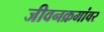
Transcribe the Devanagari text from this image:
जीवनक्रमांवर